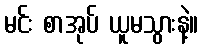
မင်း စာအုပ် ယူမသွားနဲ့။